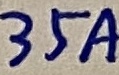
Text: 35A